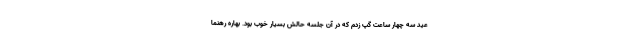
عید سه چهار ساعت گپ زدم که در آن جلسه حالش بسیار خوب بود. بهاره رهنما